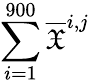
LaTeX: \sum_{i=1}^{900}\overline{{\mathfrak{X}}}^{i,j}